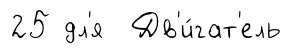
25 дл'я Дв'и́гат'ель